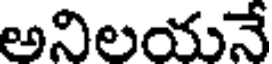
అనిలయనే